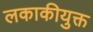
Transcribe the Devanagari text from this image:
लकाकीयुक्त